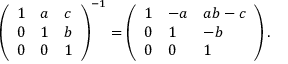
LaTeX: { \left( \begin{array} { l l l } { 1 } & { a } & { c } \\ { 0 } & { 1 } & { b } \\ { 0 } & { 0 } & { 1 } \end{array} \right) } ^ { - 1 } = { \left( \begin{array} { l l l } { 1 } & { - a } & { a b - c } \\ { 0 } & { 1 } & { - b } \\ { 0 } & { 0 } & { 1 } \end{array} \right) } \, .